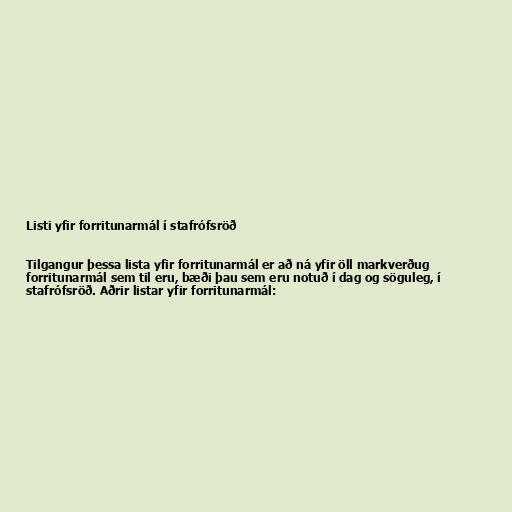
Listi yfir forritunarmál í stafrófsröð

Tilgangur þessa lista yfir forritunarmál er að ná yfir öll markverðug
forritunarmál sem til eru, bæði þau sem eru notuð í dag og söguleg, í
stafrófsröð. Aðrir listar yfir forritunarmál: